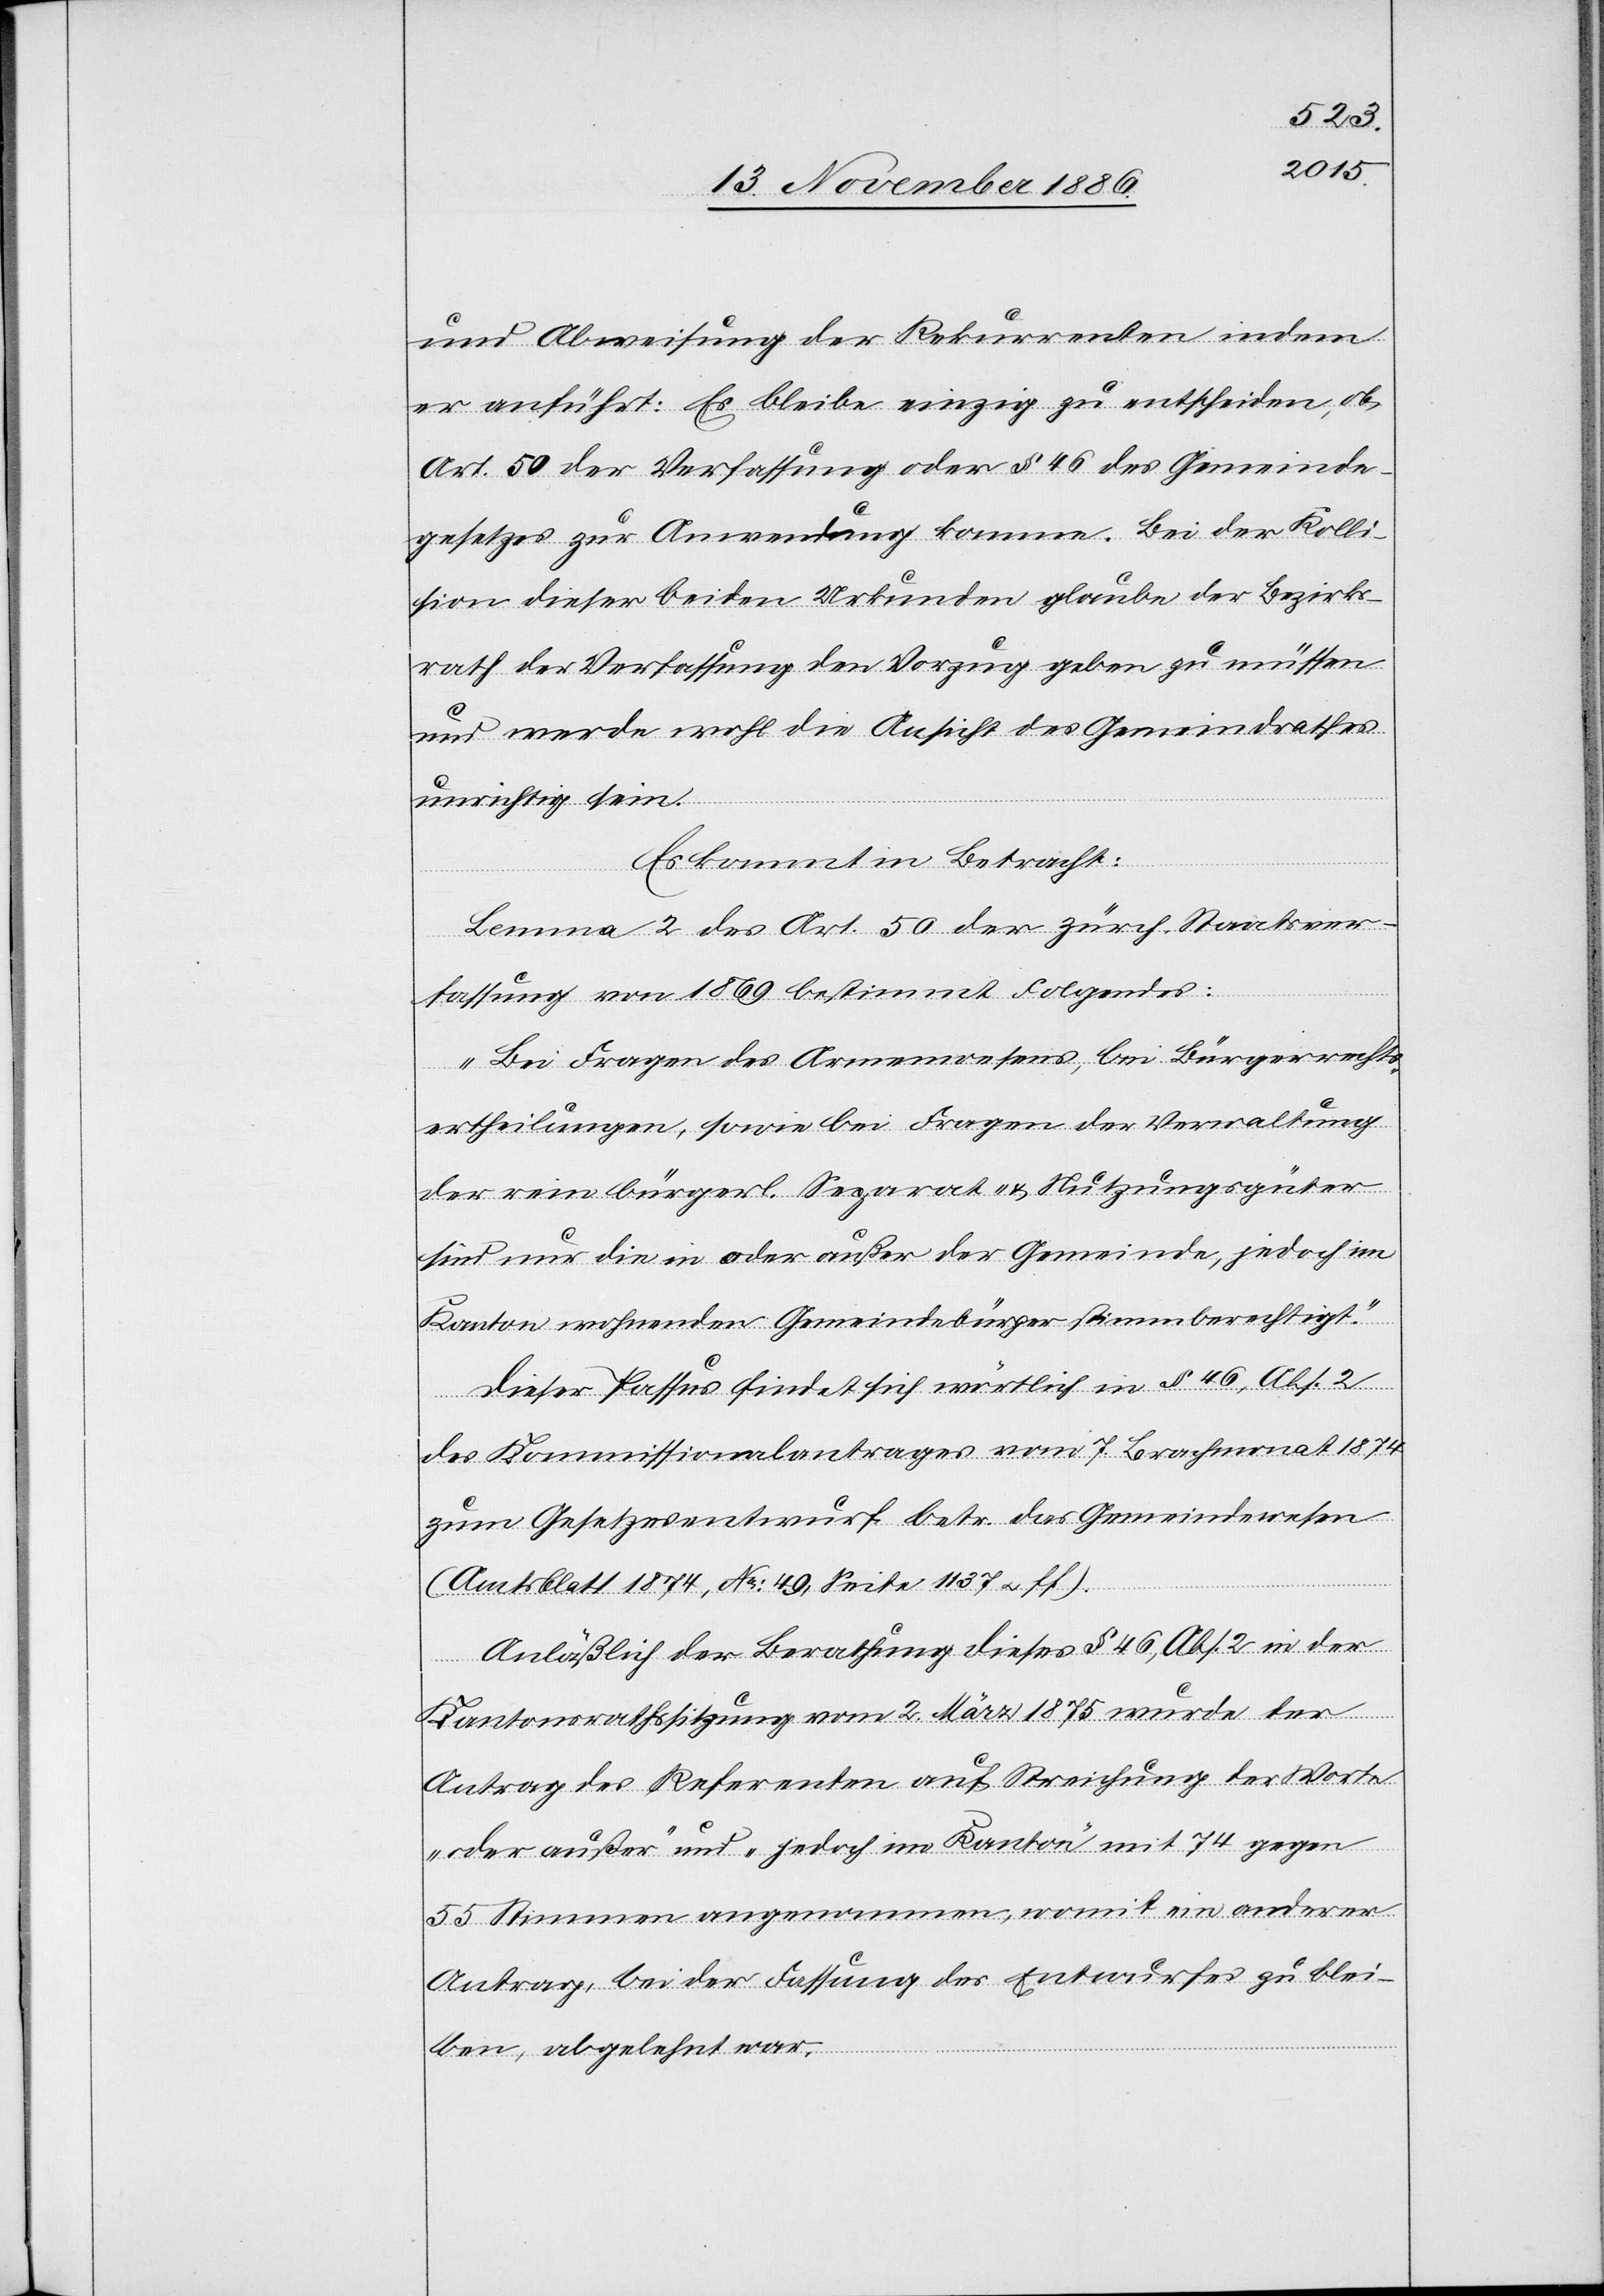
und Abweisung der Rekurrenten indem
er anführt: Es bleibe einzig zu entscheiden, ob
Art. 50 der Verfassung oder § 46 des Gemeinde¬
gesetzes zur Anwendung komme. Bei der Kolli¬
sion dieser beiden Urkunden glaube der Bezirks¬
rath der Verfassung den Vorzug geben zu müssen
und werde wohl die Ansicht des Gemeindrathes
unrichtig sein.
Es kommt in Betracht:
Lemma 2 des Art. 50 der zürch. Staatsver¬
fassung von 1869 bestimmt Folgendes:
„Bei Fragen des Armenwesens, bei Bürgerrechts¬
ertheilungen, sowie bei Fragen der Verwaltung
der rein bürgerl. Separat- & Nutzungsgüter
sind nur die in oder außer der Gemeinde, jedoch im
Kanton wohnenden Gemeindebürger stimmberechtigt.“
Dieser Passus findet sich wörtlich in § 46, Abs. 2
des Kommissionalantrages vom 7. Brachmonat 1874
zum Gesetzesentwurf betr. das Gemeindewesen
(Amtsblatt 1874, No: 49, Seite 1137 & ff.).
Anläßlich der Berathung dieses § 46, Abs. 2 in der
Kantonsrathssitzung vom 2. März 1875 wurde der
Antrag des Referenten auf Streichung der Worte
„oder außer“ und „jedoch im Kanton“ mit 74 gegen
55 Stimmen angenommen, womit ein anderer
Antrag, bei der Fassung des Entwurfes zu blei¬
ben, abgelehnt war.